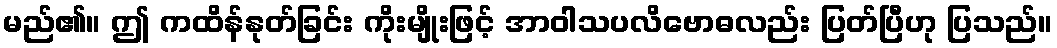
မည်၏။ ဤ ကထိန်နုတ်ခြင်း ကိုးမျိုးဖြင့် အာဝါသပလိဗောဓလည်း ပြတ်ပြီဟု ပြသည်။